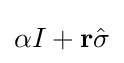
\alpha I+\mathbf {r} {\hat {\mathbf {\sigma } }}